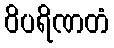
ဝိပရိဏတံ